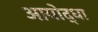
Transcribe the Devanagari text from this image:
आयोद्धा